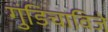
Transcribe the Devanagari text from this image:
गुंडिचाविजे